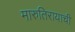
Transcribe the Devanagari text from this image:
मारुतिरायाची